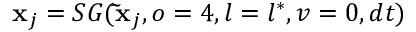
\mathbf { x } _ { j } = S G ( \mathbf { \Tilde { x } } _ { j } , o = 4 , l = l ^ { \ast } , v = 0 , d t )